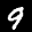
Label: 9